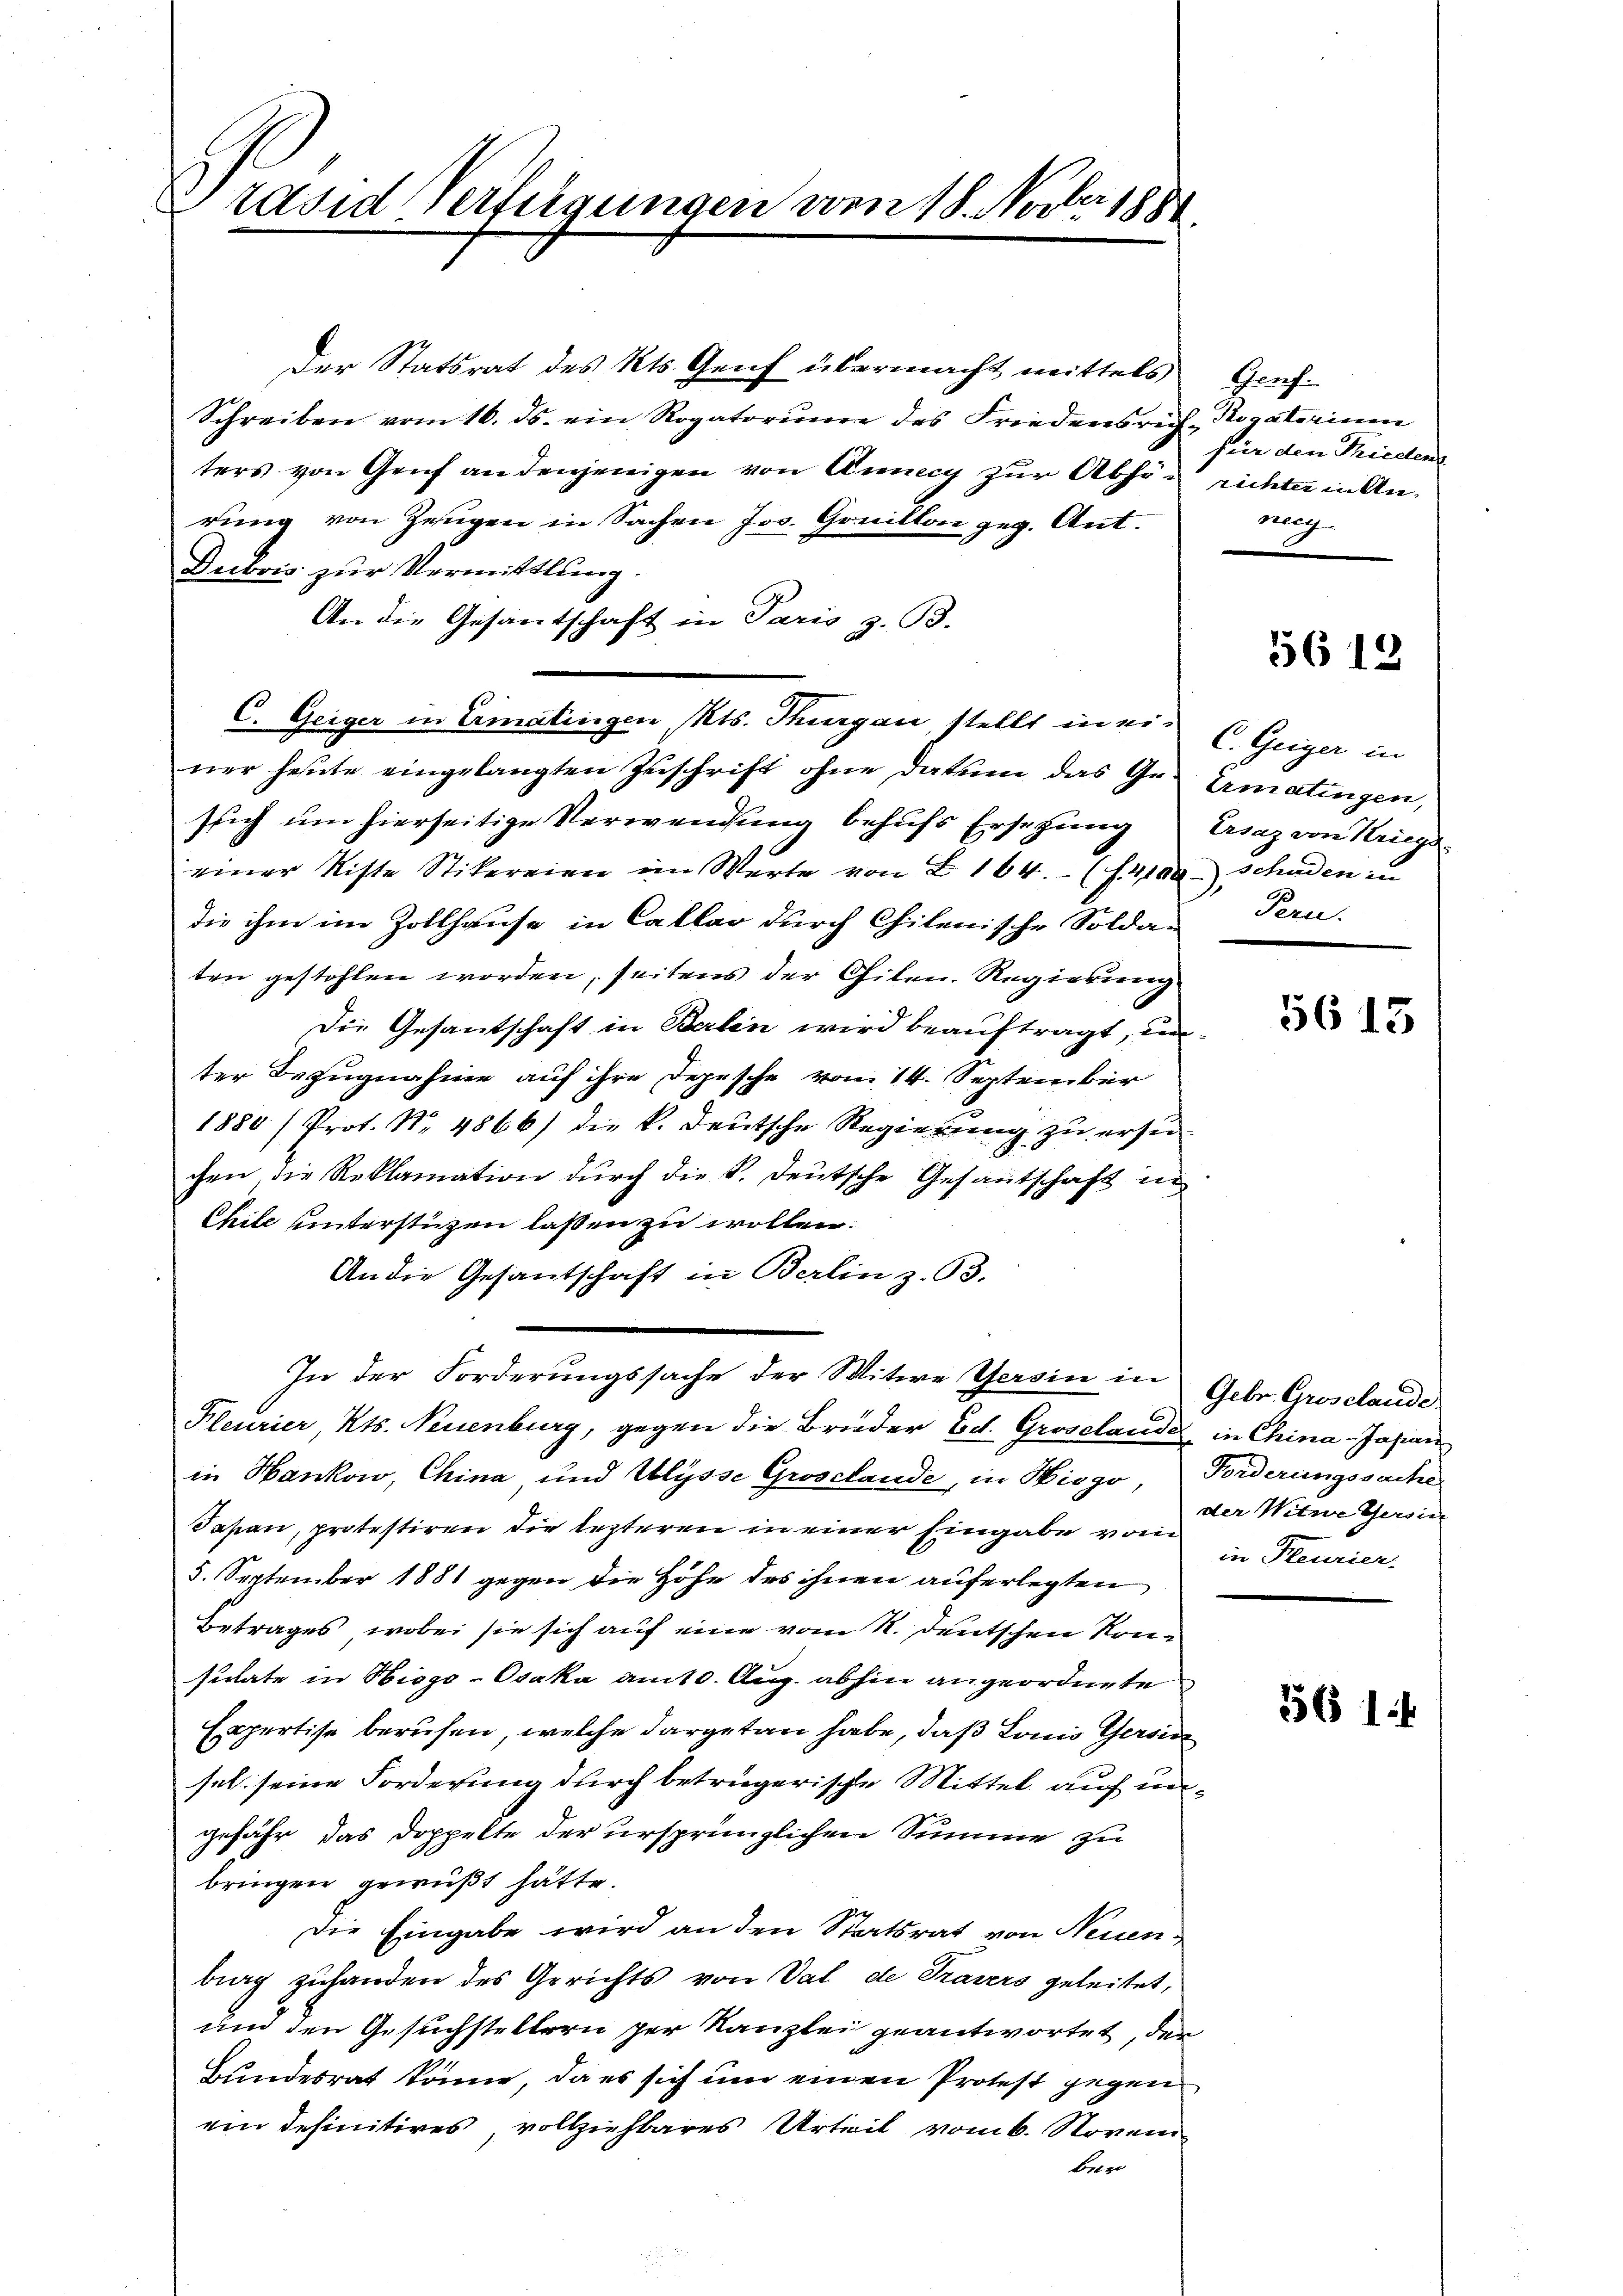
Brasid Verfügungen vom 18. Novber 1881

Der Statsrat des Kts. Genf übermacht mittels Genf¬
Schreiben vom 16. ds. ein Rogatorie des Friedensrich Rogatorium
ters von Gruf an denjenigen von Anny zur Abhör richter in Anrung von Zeugen in Sachen Jos. Gonillon geg. Ant.
Dubois zur Vermittlung.
An die Gesantschaft in Paris z. B.
ner heute eingelangten Zuschrift ohne datum das Ge- Ermatingen,
ssich um hierseitige Verwendung behufs Ersetzung Eraz von Kriegs-
einer Riste Stikereien im Werte von Z. 164 (14100 Schaden in
die ihm im Zollhause in Callar durch Chilenische Solda-
ten gestohlen worden, seitens der Chilen. Regierung
Die Gesantschaft in Berlin wird beauftragt, unter Bezugnahme auf ihre Depesche vom 14. September
1880 / Prof. No. 4866) die k. deutsche Regierung zu ersu
chen, die Reklamation durch die k. Deutsche Gesantschaft in
Chile unterstüzen laßen zu wollen.
An die Gesantschaft in Berlin z. 63.
In der Forderungssache der Witwe Gersin in Gebr. Groselande
Kleurier, Kts. Neuenburg, gegen die Brüder Ed. Groselande in China-Jasian
in Hankow, China und Ulysse Grosclande, in Hiogo, Forderungssache
Tapan, protestiren die lezteren in einer Eingabe vom
5. September 1881 gegen die Höhe des ihnen auferlegten
Betrages, wobei sie sich auf eine vom R. deutschen Konsultate in Hisgo-Osaka am 10. Aug. abhin angeordnete
Expertise berufen, welche dargetan habe, daß Lonis Gersic
sel. seine Forderung durch betrügerische Mittel auf ungefähr das Doppelte der ursprünglichen Summe zu
bringen gewußt hätte.
Die Eingabe wird an den Statsrat von Neuenbing zuhanden des Gerichts von Val de Travers geleitet,
und den Gesuchstellern per Kanzlei geantwortet, der
Bundesrat könne, da es sich um einen Protest gegen
ein definitives, vollziehbares Urteil vom 6. November

C. Geiger in Ermatingen Kts. Thurgau, stellt in ein Geiger in

für den Frieden
nerg

56 18

Pern.

5613

der Witwe Gersin
in Pleurier.

5614.